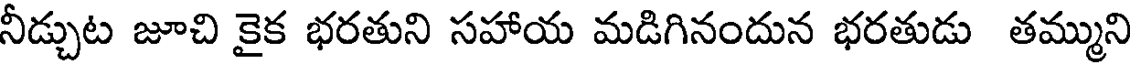
నీడ్చుట జూచి కైక భరతుని సహాయ మడిగినందున భరతుడు తమ్ముని